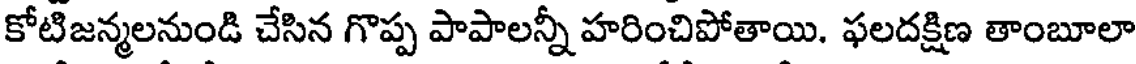
కోటిజన్మలనుండి చేసిన గొప్ప పాపాలన్నీ హరించిపోతాయి. ఫలదక్షిణ తాంబూలా